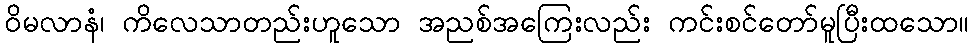
ဝိမလာနံ၊ ကိလေသာတည်းဟူသော အညစ်အကြေးလည်း ကင်းစင်တော်မူပြီးထသော။